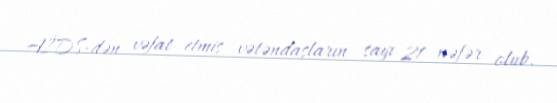
AİDS-dən vəfat etmiş vətəndaşların sayı 21 nəfər olub.